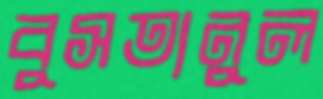
বুসতানুল